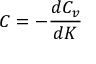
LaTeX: C = - { \frac { d C _ { v } } { d K } }